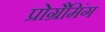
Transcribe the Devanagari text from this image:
प्रोग्रैमिंग